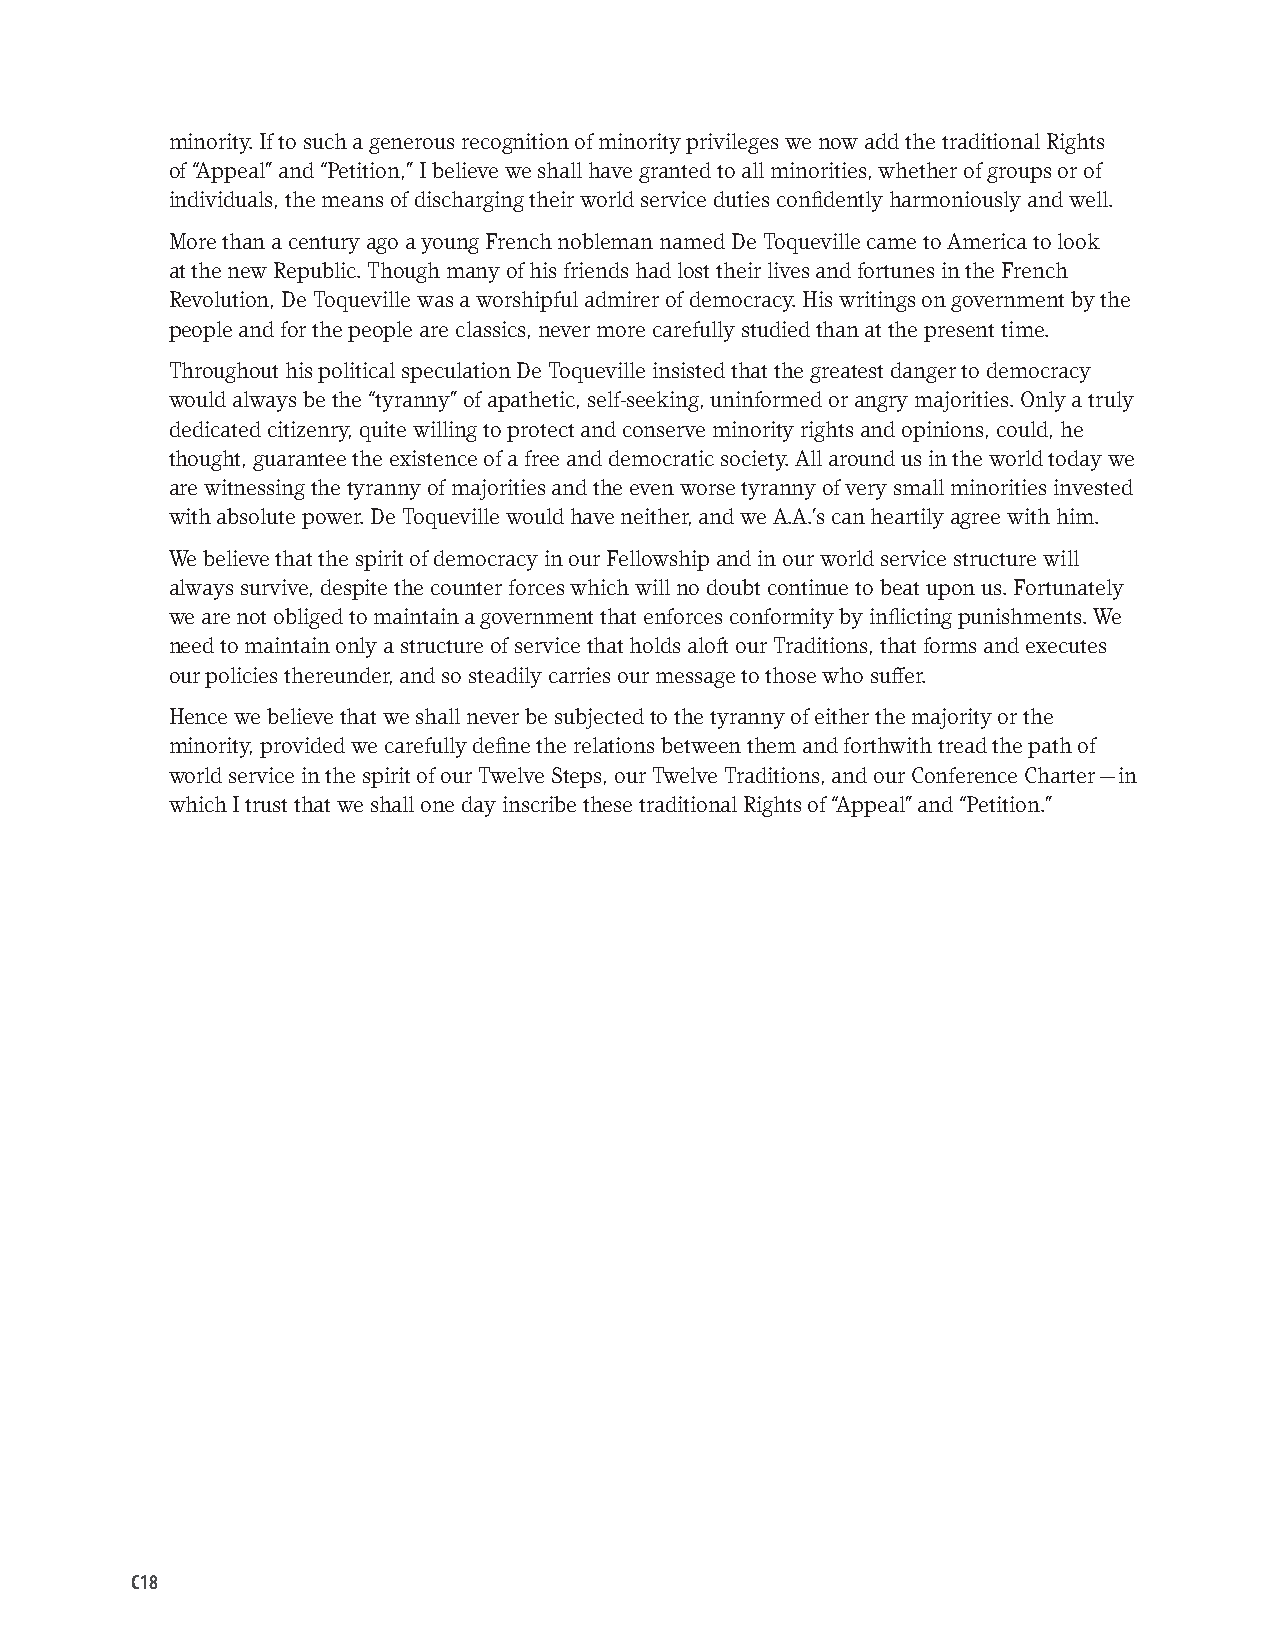
minority. If to such a generous recognition of minority privileges we now add the traditional Rights
 of “Appeal” and “Petition,” I believe we shall have granted to all minorities, whether of groups or of
 individuals, the means of discharging their world service duties confidently harmoniously and well.
 More than a century ago a young French nobleman named De Toqueville came to America to look
 at the new Republic. Though many of his friends had lost their lives and fortunes in the French
 Revolution, De Toqueville was a worshipful admirer of democracy. His writings on government by the
 people and for the people are classics, never more carefully studied than at the present time.
 Throughout his political speculation De Toqueville insisted that the greatest danger to democracy
 would always be the “tyranny” of apathetic, self-seeking, uninformed or angry majorities. Only a truly
 dedicated citizenry, quite willing to protect and conserve minority rights and opinions, could, he
 thought, guarantee the existence of a free and democratic society. All around us in the world today we
 are witnessing the tyranny of majorities and the even worse tyranny of very small minorities invested
 with absolute power. De Toqueville would have neither, and we A.A.’s can heartily agree with him.
 We believe that the spirit of democracy in our Fellowship and in our world service structure will
 always survive, despite the counter forces which will no doubt continue to beat upon us. Fortunately
 we are not obliged to maintain a government that enforces conformity by inflicting punishments. We
 need to maintain only a structure of service that holds aloft our Traditions, that forms and executes
 our policies thereunder, and so steadily carries our message to those who suffer.
 Hence we believe that we shall never be subjected to the tyranny of either the majority or the
 minority, provided we carefully define the relations between them and forthwith tread the path of
 world service in the spirit of our Twelve Steps, our Twelve Traditions, and our Conference Charter — in
 which I trust that we shall one day inscribe these traditional Rights of “Appeal” and “Petition.”
 C18